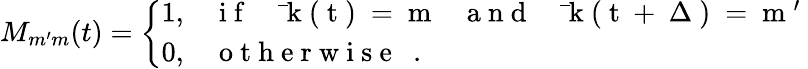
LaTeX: M_{m^{\prime}m}(t)=\left\{ \begin{array}{ll}{1,}&{\mathrm{~i~f~~~~~\bar{~}k~(~t~)~=~m~~~~~a~n~d~~~~~\bar{~}k~(~t~+~\Delta~)~=~m~'~}}\\ {0,}&{\mathrm{~o~t~h~e~r~w~i~s~e~~~.~}}\end{array}\right.